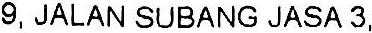
9, JALAN SUBANG JASA 3,